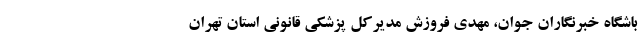
باشگاه خبرنگاران جوان، مهدی فروزش مدیرکل پزشکی قانونی استان تهران